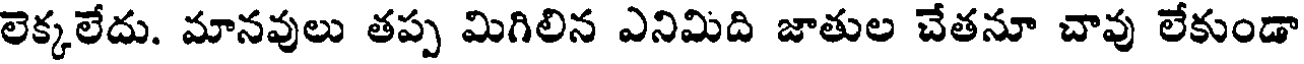
లెక్కలేదు. మానవులు తప్ప మిగిలిన ఎనిమిది జాతుల చేతనూ చావు లేకుండా